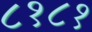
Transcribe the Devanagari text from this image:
८१८१